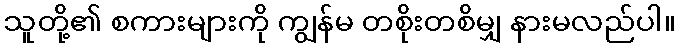
သူတို့၏ စကားများကို ကျွန်မ တစိုးတစိမျှ နားမလည်ပါ။